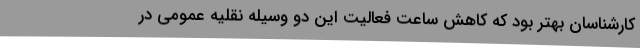
کارشناسان بهتر بود که کاهش ساعت فعالیت این دو وسیله نقلیه عمومی در